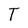
Character: T